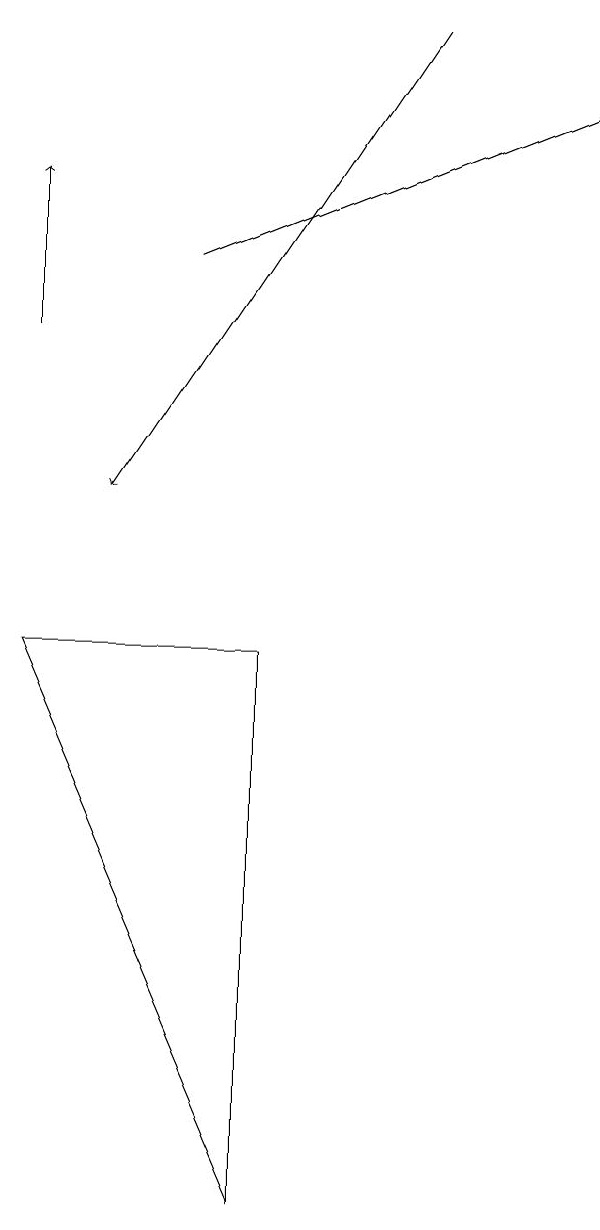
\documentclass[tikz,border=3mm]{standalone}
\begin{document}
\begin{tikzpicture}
\draw[->] (3,13) -- (8,15);
\draw[->] (6,16) -- (2,10);
\draw (1,8) -- (4,8) -- (4,1) -- cycle;
\draw[->] (1,12) -- (1,14);
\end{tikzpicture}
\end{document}